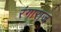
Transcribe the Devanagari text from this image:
रंगाराज